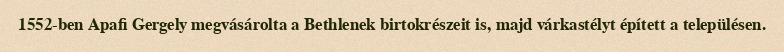
1552-ben Apafi Gergely megvásárolta a Bethlenek birtokrészeit is, majd várkastélyt épített a településen.